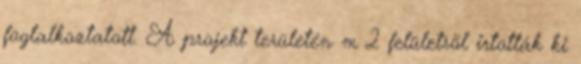
foglalkoztatott. A projekt területén m 2 felületrõl irtották ki